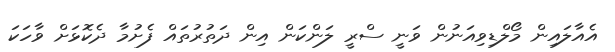
އެއާލައިން މޯލްޑިވިއަނުން ވަނީ ސްރީ ލަންކަން އިން ދަތުރުތައް ފެށުމާ ދެކޮޅަށް ވާހަކަ